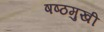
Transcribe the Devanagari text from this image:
षष्ठमुखी